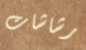
رشاشات